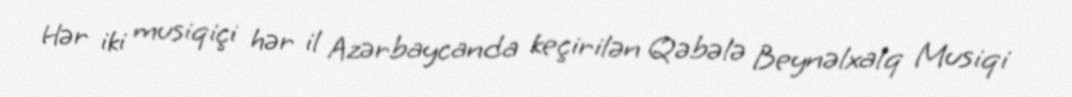
Hər iki musiqiçi hər il Azərbaycanda keçirilən Qəbələ Beynəlxalq Musiqi